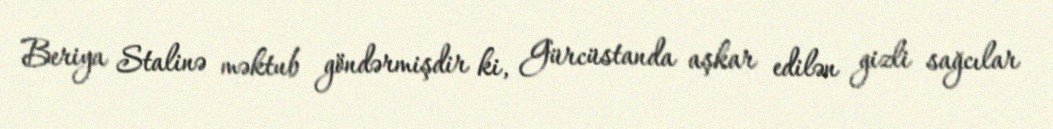
Beriya Stalinə məktub göndərmişdir ki, Gürcüstanda aşkar edilən gizli sağcılar